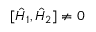
[ { \hat { H } } _ { 1 } , { \hat { H } } _ { 2 } ] \neq 0